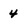
Character: 4